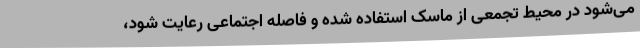
می‌شود در محیط تجمعی از ماسک استفاده شده و فاصله اجتماعی رعایت شود،